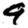
Digit: 9